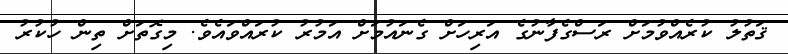
ޤަތުލު ކުރެއްވުމަށް ރަސްގެފާނުގެ އަރިހަށް ގެނައުމަށް އަމުރު ކުރައްވައެވެ. މިގޮތަށް ތިން ހުކުރު